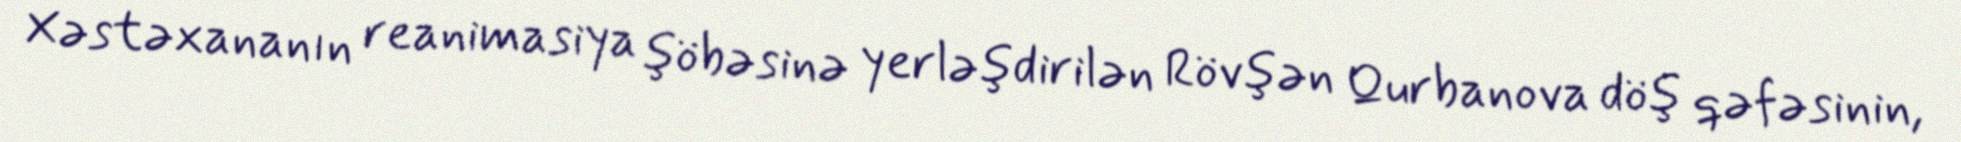
Xəstəxananın reanimasiya şöbəsinə yerləşdirilən Rövşən Qurbanova döş qəfəsinin,